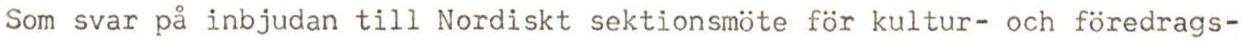
Som svar på inbjudan till Nordiskt sektionsmöte för kultur- och föredrags-